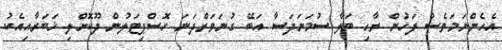
އެހެންނަމަވެސް ފަހުން ރާހި ބަލާ ސުމަނަދަސާ އަބޭ ގުނަވަރްދަނަ ހޮސްޕިޓަލުން ދޫކޮށްލި ޚަބަރާއިއެކު